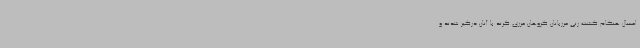
امسال هنگام گشت زنی مرزبانان گروهان مرزی کرند با آنان درگیر شدند و